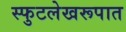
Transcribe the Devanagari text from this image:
स्फुटलेखरूपात